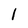
Character: l